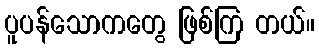
ပူပန်သောကတွေ ဖြစ်ကြ တယ်။